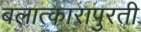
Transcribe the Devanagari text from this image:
बलात्कारापुरती